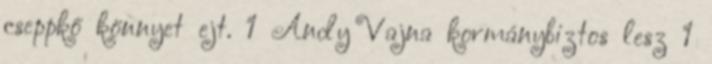
cseppkő könnyet ejt. 1 Andy Vajna kormánybiztos lesz 1